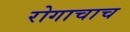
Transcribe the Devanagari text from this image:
रोगाचाच